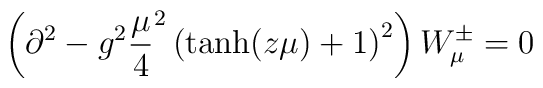
\left (\partial^2 -  g^2{\mu \over 4}^2 \left ({\rm tanh}(z\mu) + 1\right )^2\right )W_{\mu}^{\pm} = 0